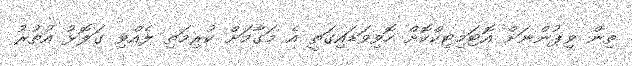
ތިން ވިޕުންނަށް އޮޓަމިޓިކްކޮށް ހޮވިވަޑައިގަތީ އެ މަގާމަށް ކުރިމަތި ލެއްވި ގަލޮޅު އުތުރު